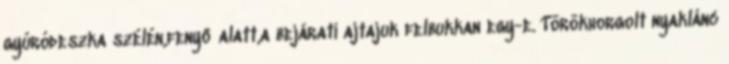
gyúródeszka szélén,fenyő alatt,a bejárati ajtajuk felbukkan egy-e. Törökhorgolt nyaklánc